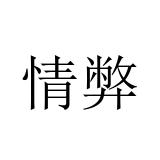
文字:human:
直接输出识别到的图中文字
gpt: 情弊